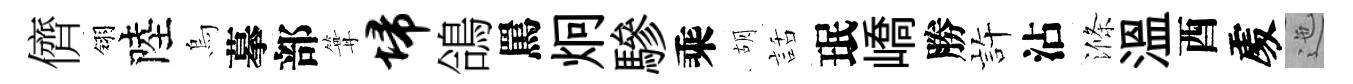
儕翎陸烏摹部篝埽鴿罵炯驂乘胡話珉嶠勝静沾滌温酉𠁅迤